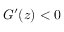
G ^ { \prime } ( z ) < 0